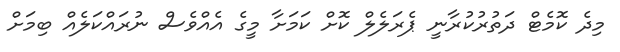
މިދެ ކޮމެޓް ދަތުރުކުރާނީ ޕެރަލެލް ކޮށް ކަމަށާ މީގެ އެއްވެސް ނުރައްކަލެއް ބިމަށް